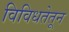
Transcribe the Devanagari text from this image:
विविधतेतून